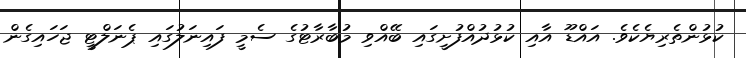
ކުޅުންތެރިޔެކެވެ. އައްޑޫ އާއި ކުޅުދުއްފުށީގައި ބޭއްވި މުބާރާޓުގެ ސެމީ ފައިނަލުގައި ޕެނަލްޓީ ޖަހައިގެން